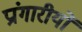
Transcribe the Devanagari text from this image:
प्रांगारीयों